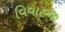
વિવાહના